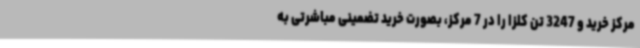
مرکز خرید و 3247 تن کلزا را در 7 مرکز، بصورت خرید تضمینی مباشرتی به